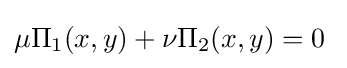
\mu \Pi _{1}(x,y)+\nu \Pi _{2}(x,y)=0\;